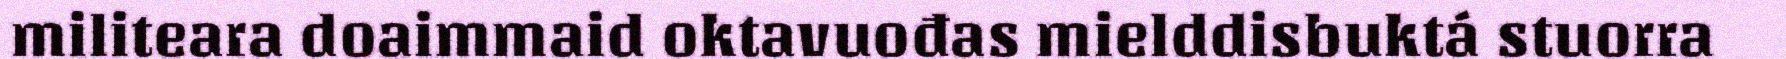
militeara doaimmaid oktavuođas mielddisbuktá stuorra